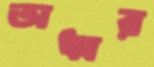
অধ্বর